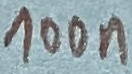
Text: 100n